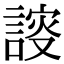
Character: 𧩮